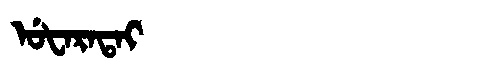
Manchu: ᡠᡶᠠᡵᠠᡨᠠᡳ
Romanization: UFARATAI